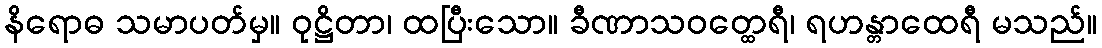
နိရောဓ သမာပတ်မှ။ ဝုဋ္ဌိတာ၊ ထပြီးသော။ ခီဏာသဝတ္ထေရီ၊ ရဟန္တာထေရီ မသည်။